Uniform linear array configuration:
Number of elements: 12
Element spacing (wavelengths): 0.75
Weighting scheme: hann
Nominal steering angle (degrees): -15
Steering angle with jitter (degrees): -15.299
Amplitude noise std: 0.05
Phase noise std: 0.05

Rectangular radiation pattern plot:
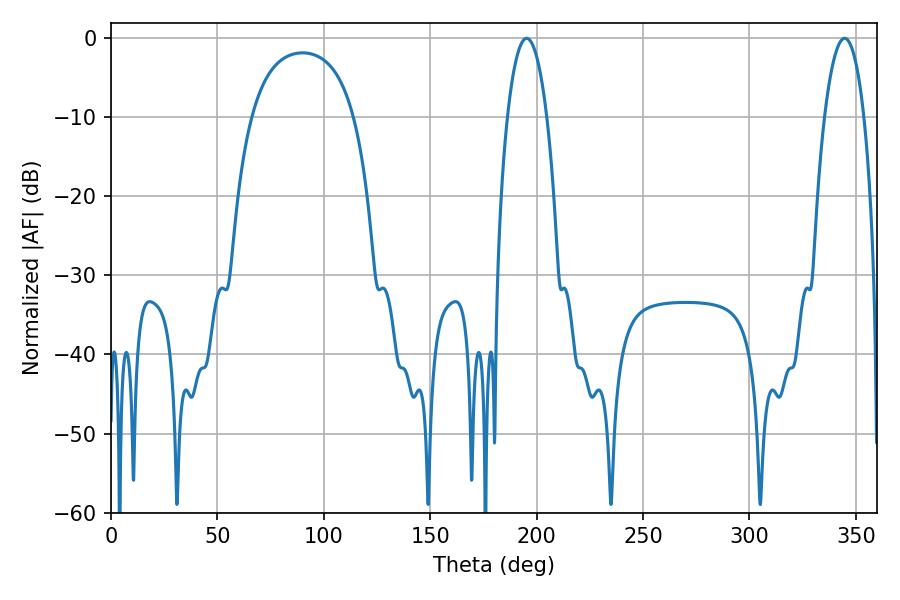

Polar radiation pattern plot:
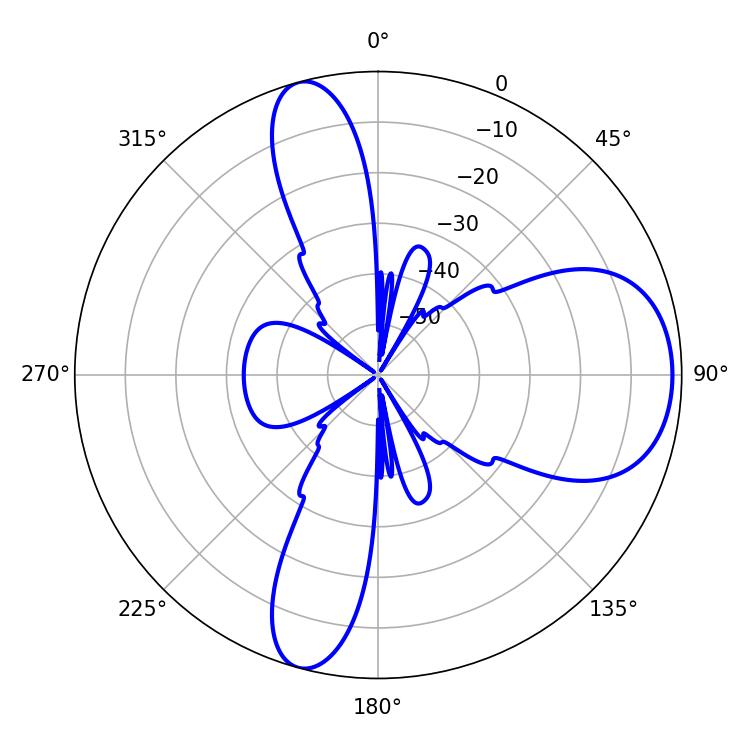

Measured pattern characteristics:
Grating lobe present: TRUE
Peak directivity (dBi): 8.741
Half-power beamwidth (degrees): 10.26
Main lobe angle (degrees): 195.3